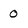
Character: 0